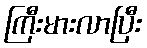
ကြီးမားလာပြီး